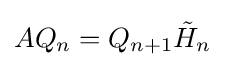
AQ_{n}=Q_{n+1}{\tilde {H}}_{n}